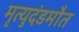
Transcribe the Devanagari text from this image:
मृत्युदंडमौत